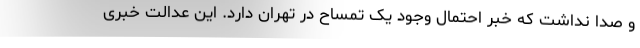
و صدا نداشت که خبر احتمال وجود یک تمساح در تهران دارد. این عدالت خبری